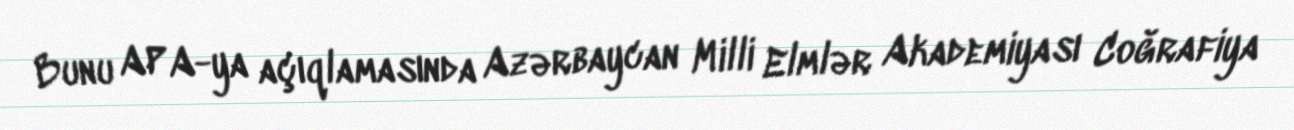
Bunu APA-ya açıqlamasında Azərbaycan Milli Elmlər Akademiyası Coğrafiya